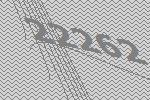
22262